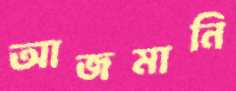
আজমানি